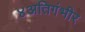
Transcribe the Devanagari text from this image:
४अतिगंभीर